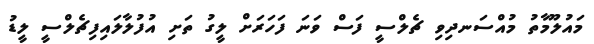
މައުލޫމާތު މުއްސަނދިވި ޗެލްސީ ފަސް ވަނަ ފަހަރަށް ލީގު ތަށި އުފުލާލައިފިޗެލްސީ ލީޑު